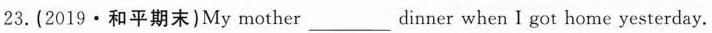
23.(2019·和平期末)My mother_dinner when I got home yesterday.